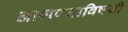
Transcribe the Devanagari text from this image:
आणण्याविषयी